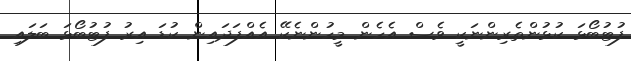
ފުޓުބޯޅަ ކުޅުންތެރިންނަކީ ވެސް އެހެން މީހުންނެކޭ އެއްފަދައިން ކުޑަ އިރު ފުޓުބޯޅަ ބަލައި